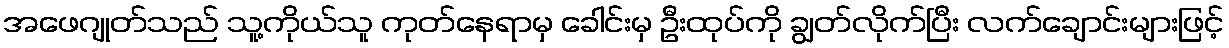
အဖေဂျုတ်သည် သူ့ကိုယ်သူ ကုတ်နေရာမှ ခေါင်းမှ ဦးထုပ်ကို ချွတ်လိုက်ပြီး လက်ချောင်းများဖြင့်